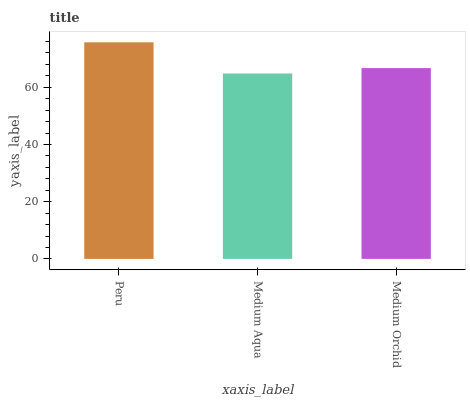
| xaxis_label | bars |
 | --- | --- |
 | Peru | 75.7 |
 | Medium Aqua | 64.8 |
 | Medium Orchid | 66.7 |